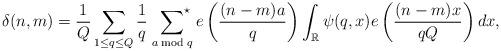
LaTeX: \begin{align*}\delta(n,m)=\frac{1}{Q} \sum_{1 \leq q \leq Q} \frac{1}{q} \, \ \sideset{}{^\star} \sum_{a\bmod q}e\left(\frac{(n-m) a}{q}\right)\int_{\mathbb{R}} \psi(q,x)e\left(\frac{(n-m) x}{qQ}\right) d x, \end{align*}